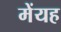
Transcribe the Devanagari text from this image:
मेंयह